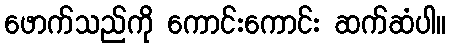
ဖောက်သည်ကို ကောင်းကောင်း ဆက်ဆံပါ။